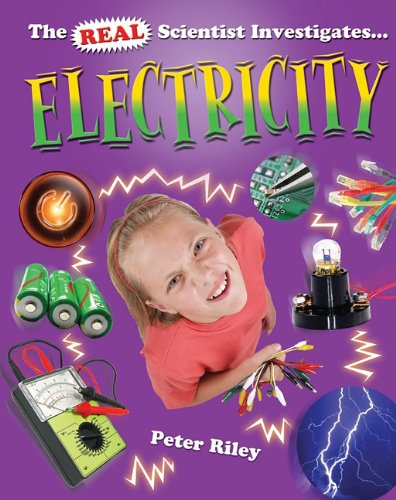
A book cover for Electricity (Real Scientist Investigates...); Peter Riley; Children's Books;